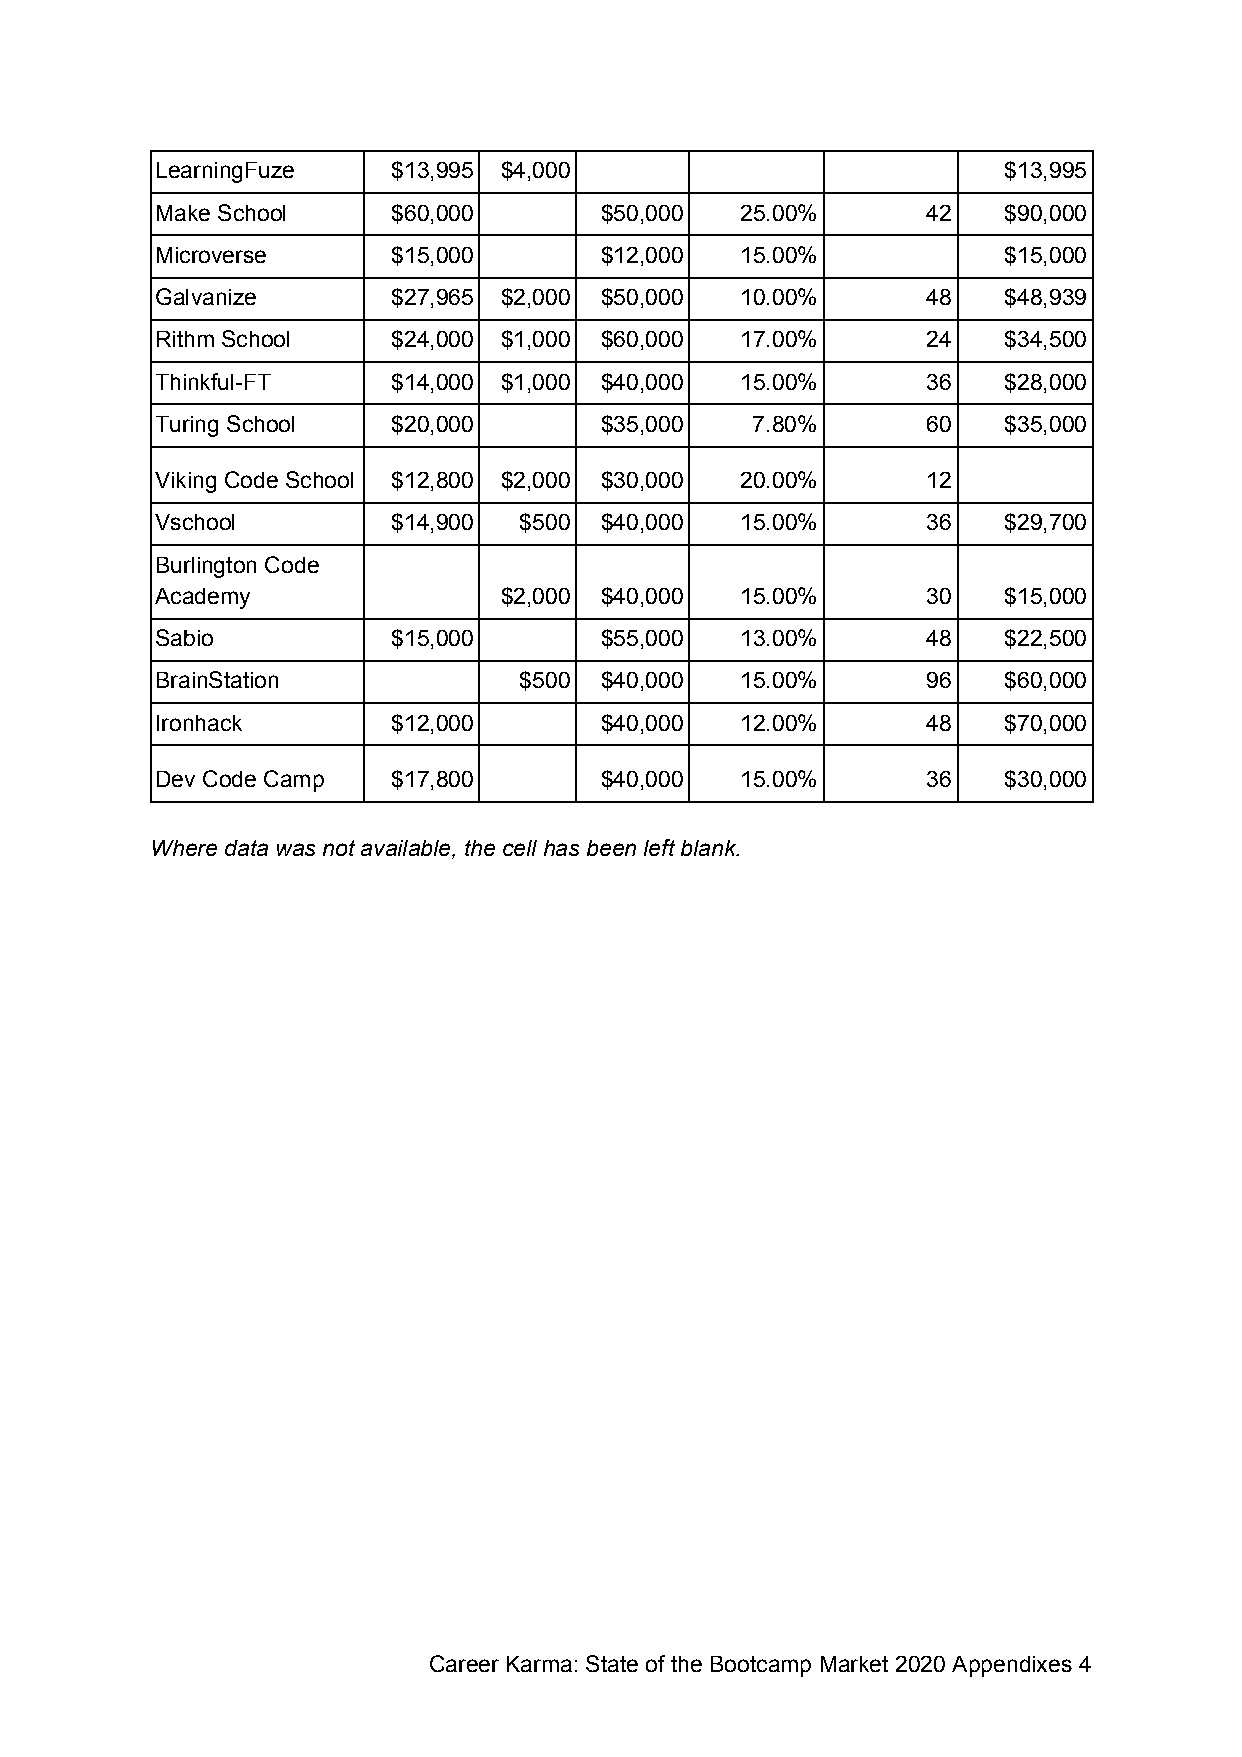
LearningFuze    $13,995 $4,000                          $13,995
 Make School     $60,000       $50,000  25.00%      42   $90,000
 Microverse      $15,000       $12,000  15.00%           $15,000
 Galvanize       $27,965 $2,000 $50,000 10.00%      48   $48,939
 Rithm School    $24,000 $1,000 $60,000 17.00%      24   $34,500
 Thinkful-FT     $14,000 $1,000 $40,000 15.00%      36   $28,000
 Turing School   $20,000       $35,000   7.80%      60   $35,000
 Viking Code School $12,800 $2,000 $30,000 20.00%   12
 Vschool         $14,900 $500  $40,000  15.00%      36   $29,700
 Burlington Code
 Academy                $2,000 $40,000  15.00%      30   $15,000
 Sabio           $15,000       $55,000  13.00%      48   $22,500
 BrainStation            $500  $40,000  15.00%      96   $60,000
 Ironhack        $12,000       $40,000  12.00%      48   $70,000
 Dev Code Camp   $17,800       $40,000  15.00%      36   $30,000
 Where data was not available, the cell has been left blank.
 Career Karma: State of the Bootcamp Market 2020 Appendixes 4